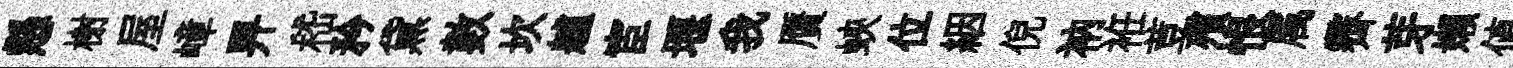
懸榭屋嶂畀嵇矜黛數坎艫宦堰我贋蛺位絪倪衲袵荳殯恨属霽芽嬾值剋